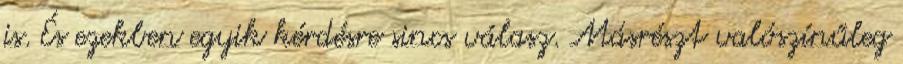
is. És ezekben egyik kérdésre sincs válasz. Másrészt valószínűleg